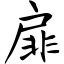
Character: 扉